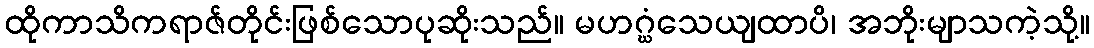
ထိုကာသိကရာဇ်တိုင်းဖြစ်သောပုဆိုးသည်။ မဟဂ္ဃံသေယျထာပိ၊ အဘိုးမျာသကဲ့သို့။